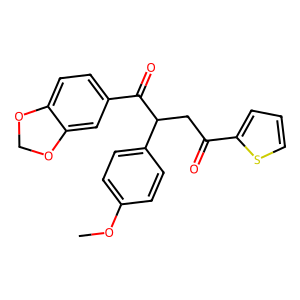
SMILES: COc1ccc(C(CC(=O)c2cccs2)C(=O)c2ccc3c(c2)OCO3)cc1
Inhibits HIV replication: No